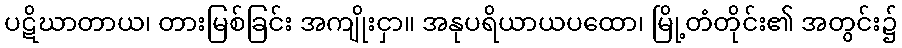
ပဋိဃာတာယ၊ တားမြစ်ခြင်း အကျိုးငှာ။ အနုပရိယာယပထော၊ မြို့တံတိုင်း၏ အတွင်း၌